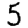
Digit: 5